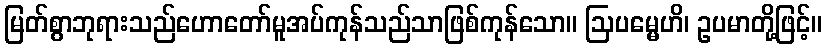
မြတ်စွာဘုရားသည်ဟောတော်မူအပ်ကုန်သည်သာဖြစ်ကုန်သော။ ဩပမ္မေဟိ၊ ဥပမာတို့ဖြင့်။